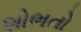
શોભતો